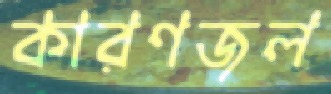
কারণজল